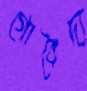
গোবৈদ্য